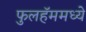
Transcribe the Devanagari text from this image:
फुलहॅममध्ये